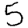
Digit: 5